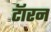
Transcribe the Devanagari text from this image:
टॅारन